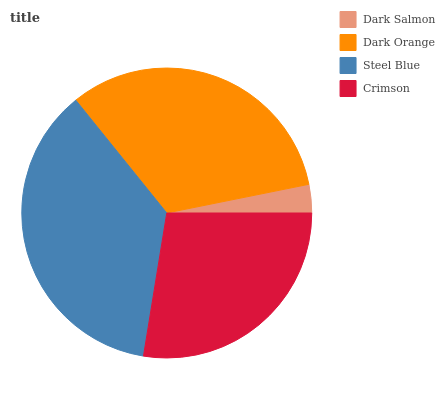
| Dark Salmon | Dark Orange | Steel Blue | Crimson |
 | --- | --- | --- | --- |
 | 3.17% | 32.6% | 36.6% | 27.6% |